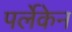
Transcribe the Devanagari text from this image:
पर्लेकेन